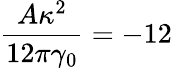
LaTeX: \frac{A\kappa^{2}}{12\pi\gamma_{0}}=-12